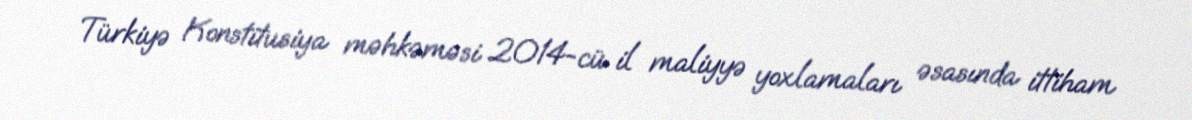
Türkiyə Konstitusiya məhkəməsi 2014-cü il maliyyə yoxlamaları əsasında ittiham